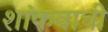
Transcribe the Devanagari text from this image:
शांकवाची